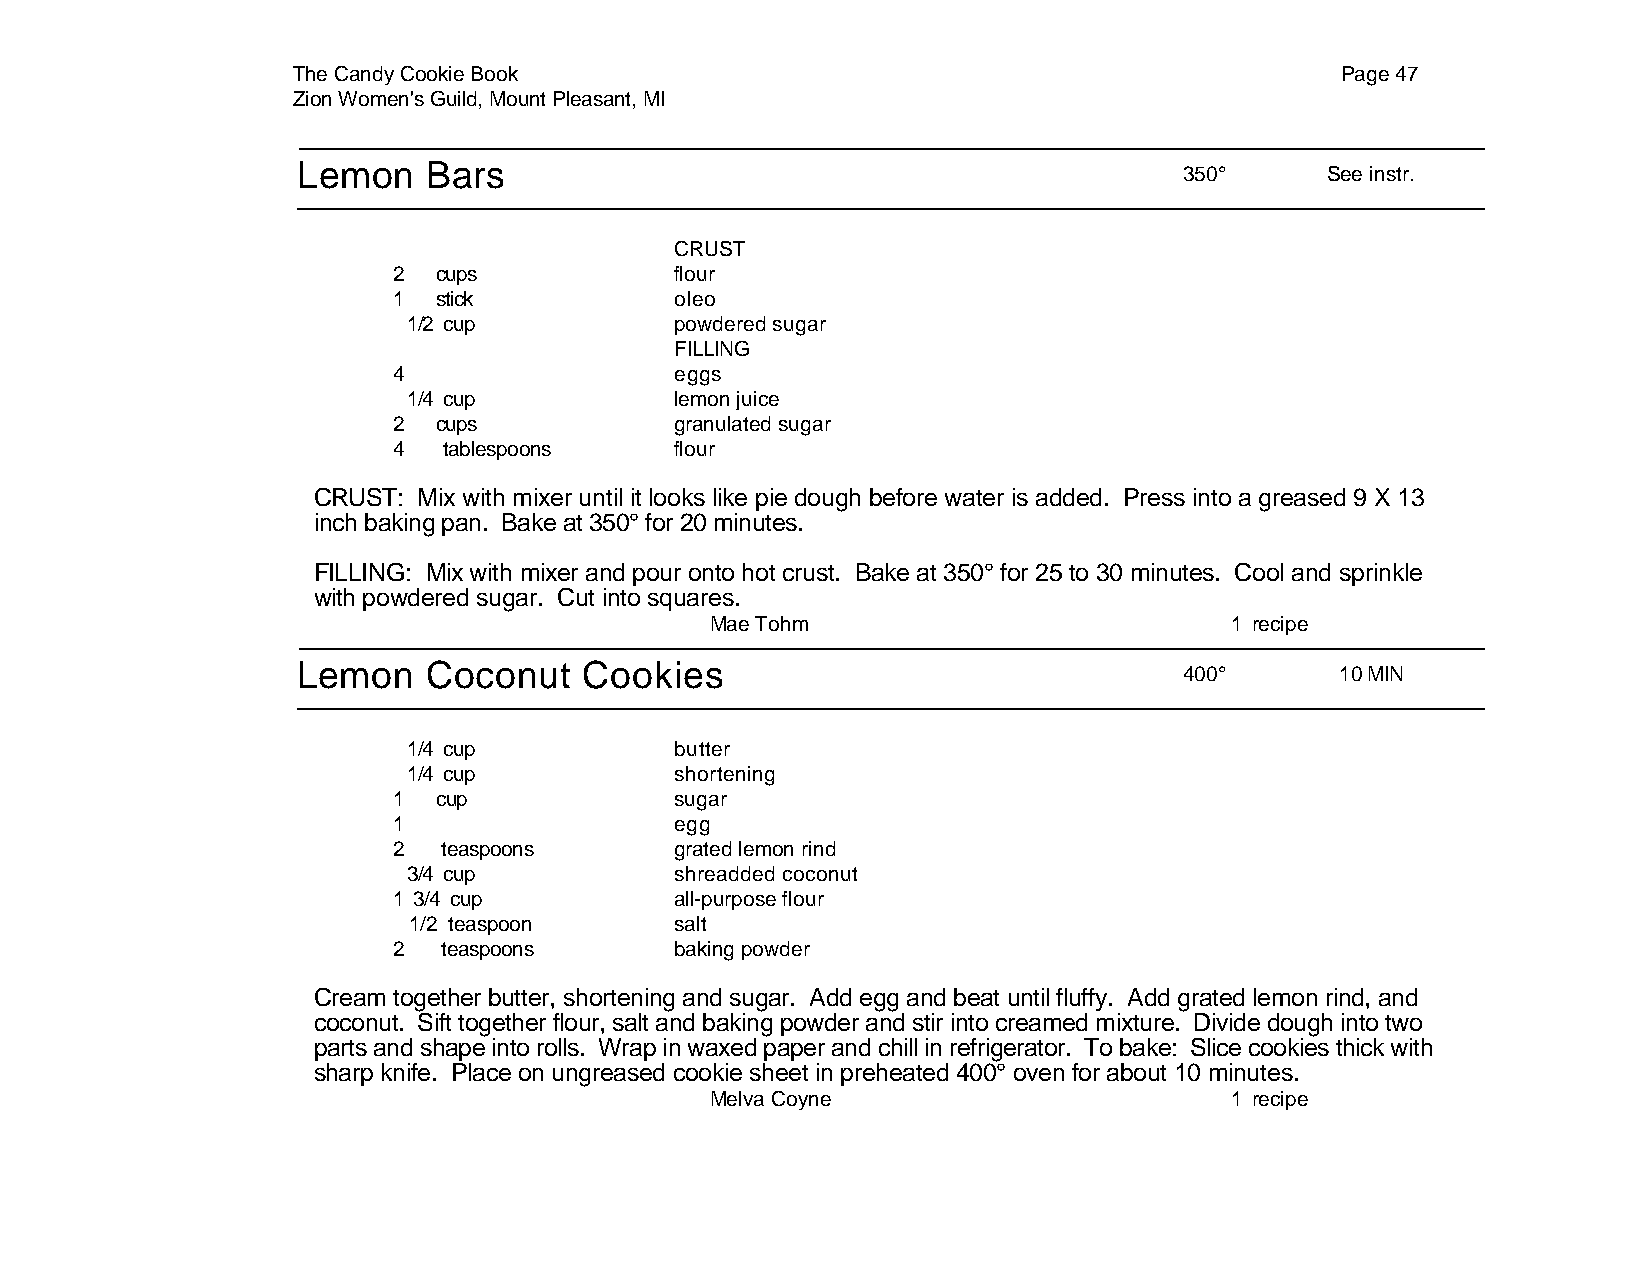
The Candy Cookie Book                                                 Page 47
 Zion Women's Guild, Mount Pleasant, MI
 Lemon   Bars
 350°      See instr.
 CRUST
 2  cups            flour
 1  stick           oleo
 1/2 cup           powdered sugar
 FILLING
 4                  eggs
 1/4 cup           lemon juice
 2  cups            granulated sugar
 4  tablespoons     flour
 CRUST: Mix with mixer until it looks like pie dough before water is added. Press into a greased 9 X 13
 inch baking pan. Bake at 350° for 20 minutes.
 FILLING: Mix with mixer and pour onto hot crust. Bake at 350° for 25 to 30 minutes. Cool and sprinkle
 with powdered sugar. Cut into squares.
 Mae Tohm                          1 recipe
 Lemon   Coconut    Cookies
 400°       10 MIN
 1/4 cup           butter
 1/4 cup           shortening
 1  cup             sugar
 1                  egg
 2  teaspoons       grated lemon rind
 3/4 cup           shreadded coconut
 1 3/4 cup          all-purpose flour
 1/2 teaspoon      salt
 2  teaspoons       baking powder
 Cream together butter, shortening and sugar. Add egg and beat until fluffy. Add grated lemon rind, and
 coconut. Sift together flour, salt and baking powder and stir into creamed mixture. Divide dough into two
 parts and shape into rolls. Wrap in waxed paper and chill in refrigerator. To bake: Slice cookies thick with
 sharp knife. Place on ungreased cookie sheet in preheated 400° oven for about 10 minutes.
 Melva Coyne                       1 recipe